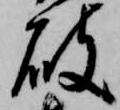
破